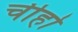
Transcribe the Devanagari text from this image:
चीहो